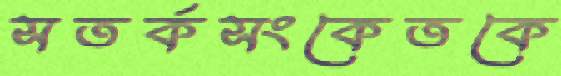
সতর্কসংকেতকে